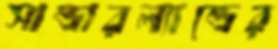
সান্ডারল্যান্ডের